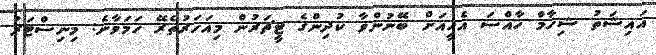
އައިޝަތު ޝިހާމް ހާއްސަ އެހީއަށް ބޭނުންވާ ކުދިންގެ ޓީޗަރުން މިއަހަރުތެރޭ ހަމަވާނެ: މިނިސްޓަރު